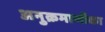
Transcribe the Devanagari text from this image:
अनुक्रमाणीका